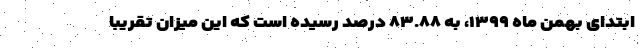
ابتدای بهمن ماه ۱۳۹۹، به ۸۳.۸۸ درصد رسیده است که این میزان تقریبا